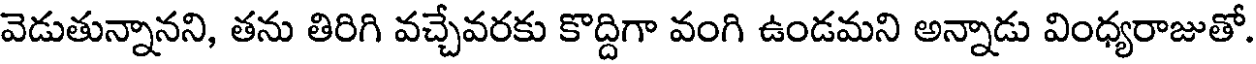
వెడుతున్నానని, తను తిరిగి వచ్చేవరకు కొద్దిగా వంగి ఉండమని అన్నాడు వింధ్యరాజుతో